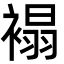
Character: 褟